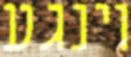
וינגע